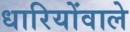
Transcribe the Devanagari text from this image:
धारियोंवाले